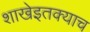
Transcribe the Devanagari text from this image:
शाखेइतक्याच